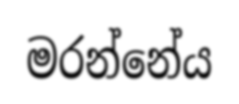
මරන්නේය